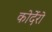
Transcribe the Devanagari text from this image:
कोर्देरो